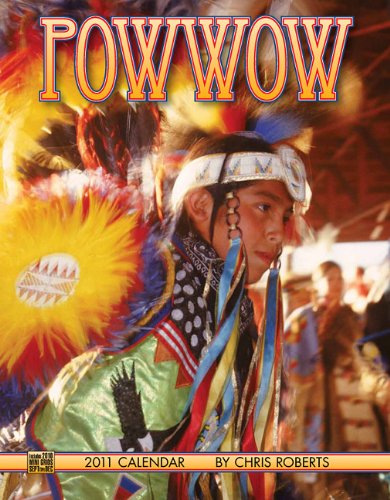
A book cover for Powwow Calendar; Chris Roberts; Calendars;